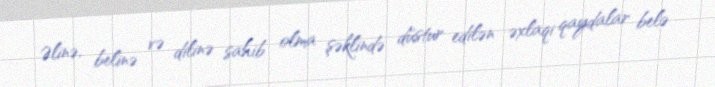
Əlinə, belinə və dilinə sahib olma şəklində düstur edilən əxlaqi qaydalar belə